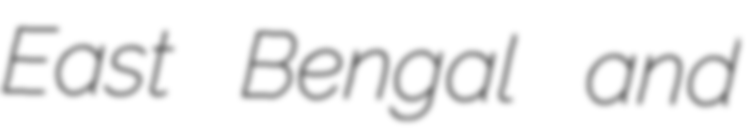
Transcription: East Bengal and